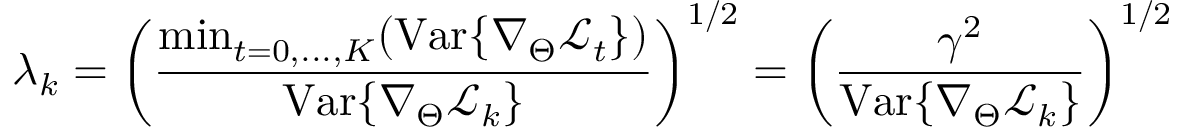
\lambda _ { k } = \left( \frac { \mathrm { m i n } _ { t = 0 , . . . , K } ( \mathrm { V a r } \{ \nabla _ { \Theta } \mathcal { L } _ { t } \} ) } { \mathrm { V a r } \{ \nabla _ { \Theta } \mathcal { L } _ { k } \} } \right) ^ { 1 / 2 } = \left( \frac { \gamma ^ { 2 } } { \mathrm { V a r } \{ \nabla _ { \Theta } \mathcal { L } _ { k } \} } \right) ^ { 1 / 2 }